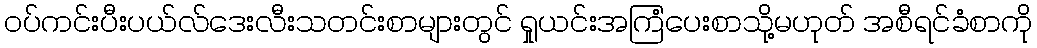
ဝပ်ကင်းပီးပယ်လ်ဒေးလီးသတင်းစာများတွင် ရှုယင်းအကြံပေးစာသို့မဟုတ် အစီရင်ခံစာကို